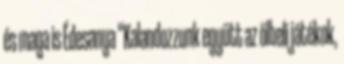
és maga is Édesanya “Kalandozzunk együtt az ölbeli játékok,